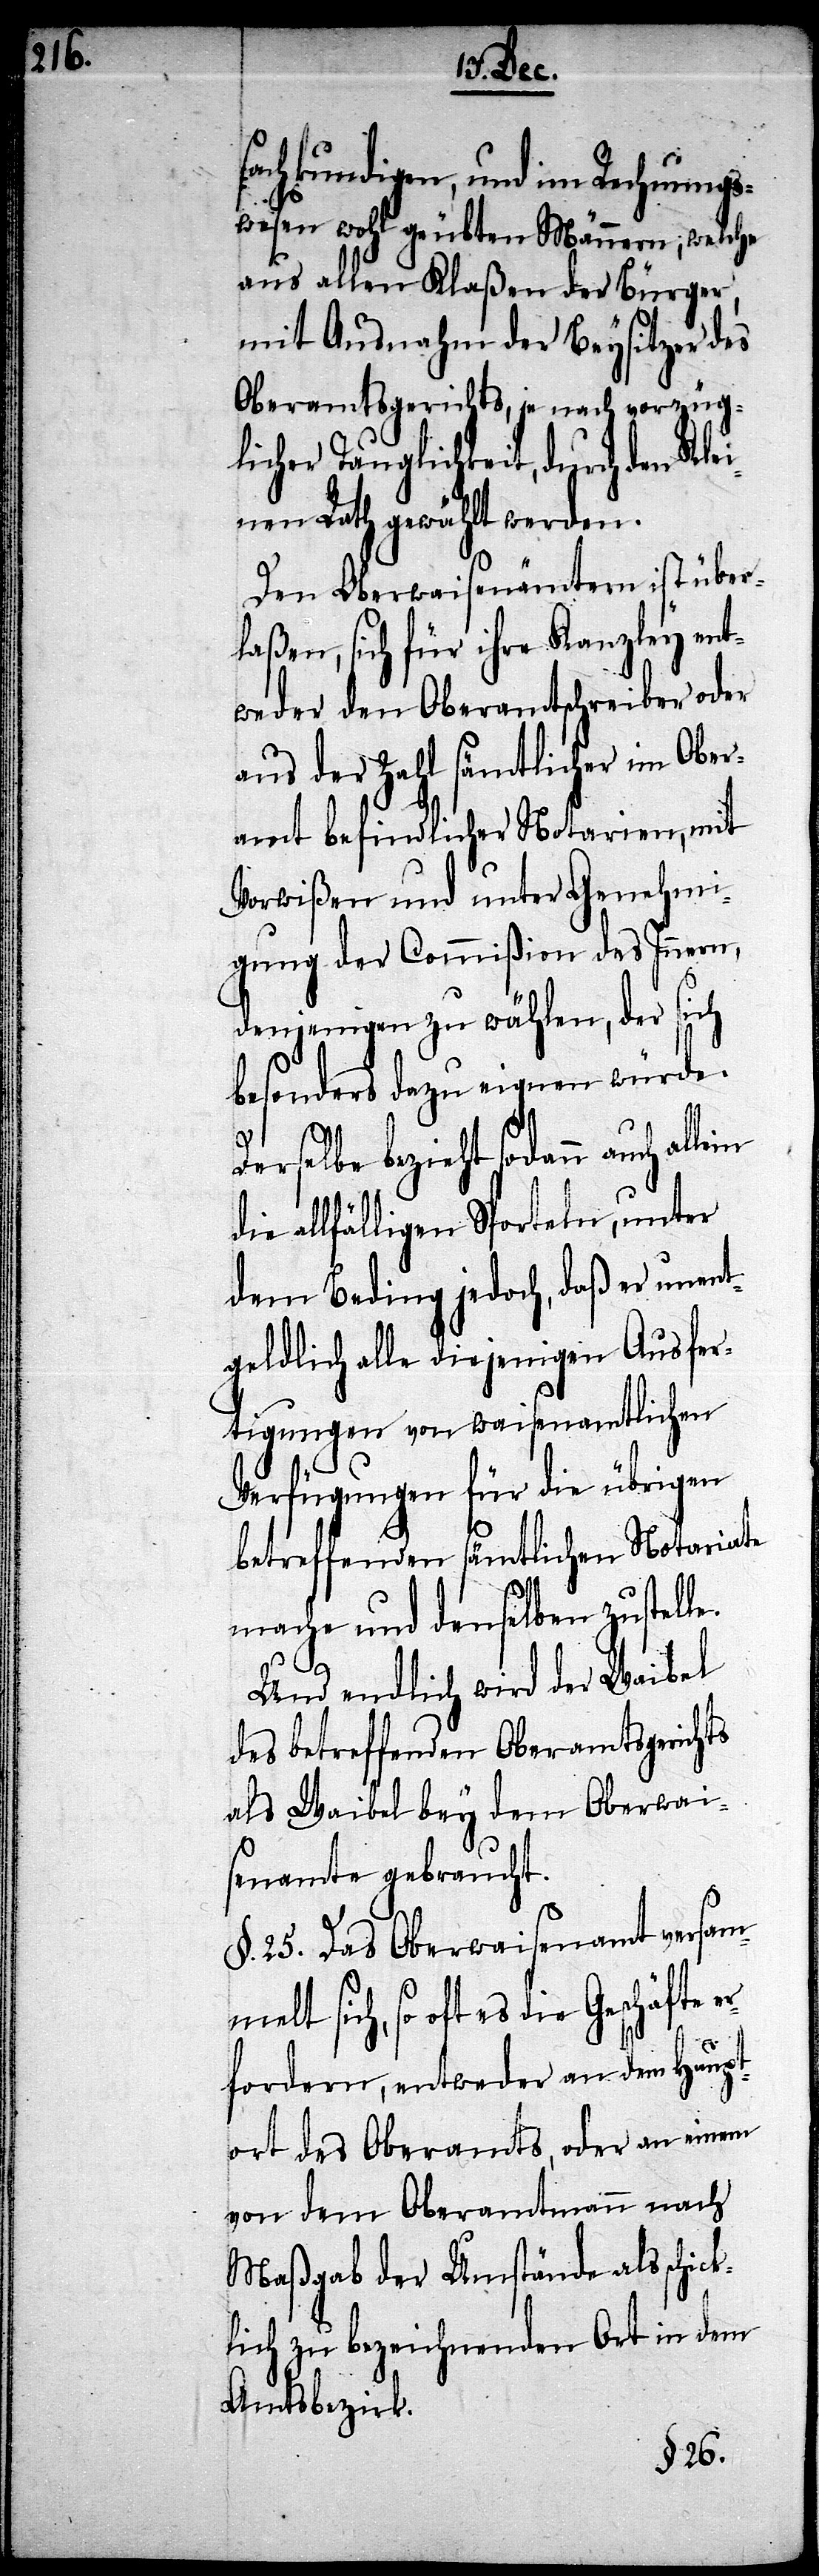
er¬
fachkundigen, und im Rechnungs¬
wesen wohl geübten Männern, welche
aus allen Klaßen der Bürger,
mit Ausnahme der Beysitzer des
Oberamtsgerichts, je nach vorzüg¬
licher Tauglichkeit, durch den Kle¬
inen Rath gewählt worden.
Den Oberwaisenämtern ist über¬
laßen, sich für ihre Kanzley ent¬
weder den Oberamtschreiber oder
aus der Zahl sämtlicher im Ober¬
amt befindlichen Notarien, mit
Vorwißen und unter Genehmi¬
gung der Commißion des Innern,
denjenigen zu wählen, der sich
besonders dazu eigenen würde.
melt sich, so oft es die
die allfälligen Sporteln, unter
dem Beding jedoch, daß er unent¬
geldlich alle diejenigen Ausfer¬
tigungen von waisenamtlichen
Verfügungen für die übrigen
betreffenden sämtlichen Notariate
mache und denselben zustelle.
Und endlich wird der Waibel
des betreffenden Oberamtsgerichts
als Waibel bey dem Oberwai¬
senamte gebraucht.
§. 25. Das Oberwaisenamt versam¬
fordern, entweder an den Haupt¬
ort des Oberamts, oder an einem
von dem Oberamtmann nach
Maßgab der Umstände als schick¬
lich zu bezeichnenden Ort in dem
Amtsbezirk.